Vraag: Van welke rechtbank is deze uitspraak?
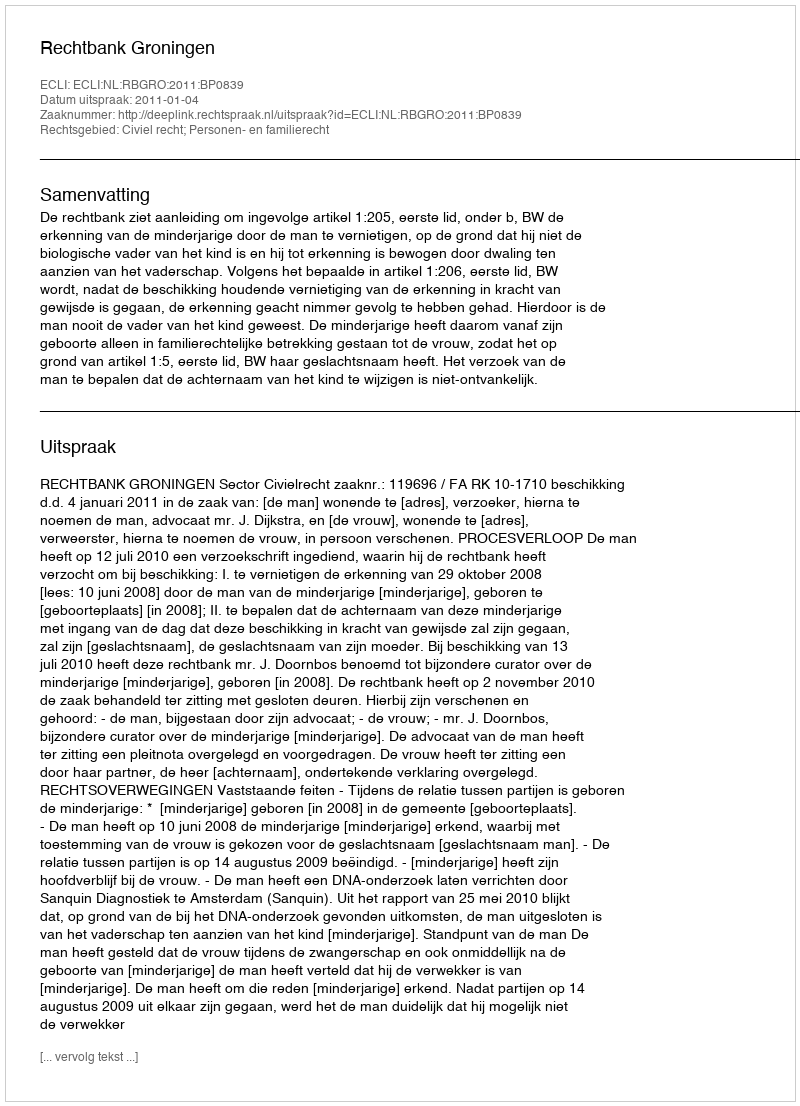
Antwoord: Rechtbank Groningen